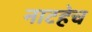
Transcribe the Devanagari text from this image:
नाटहेच